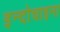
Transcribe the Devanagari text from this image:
इन्दोचाइना